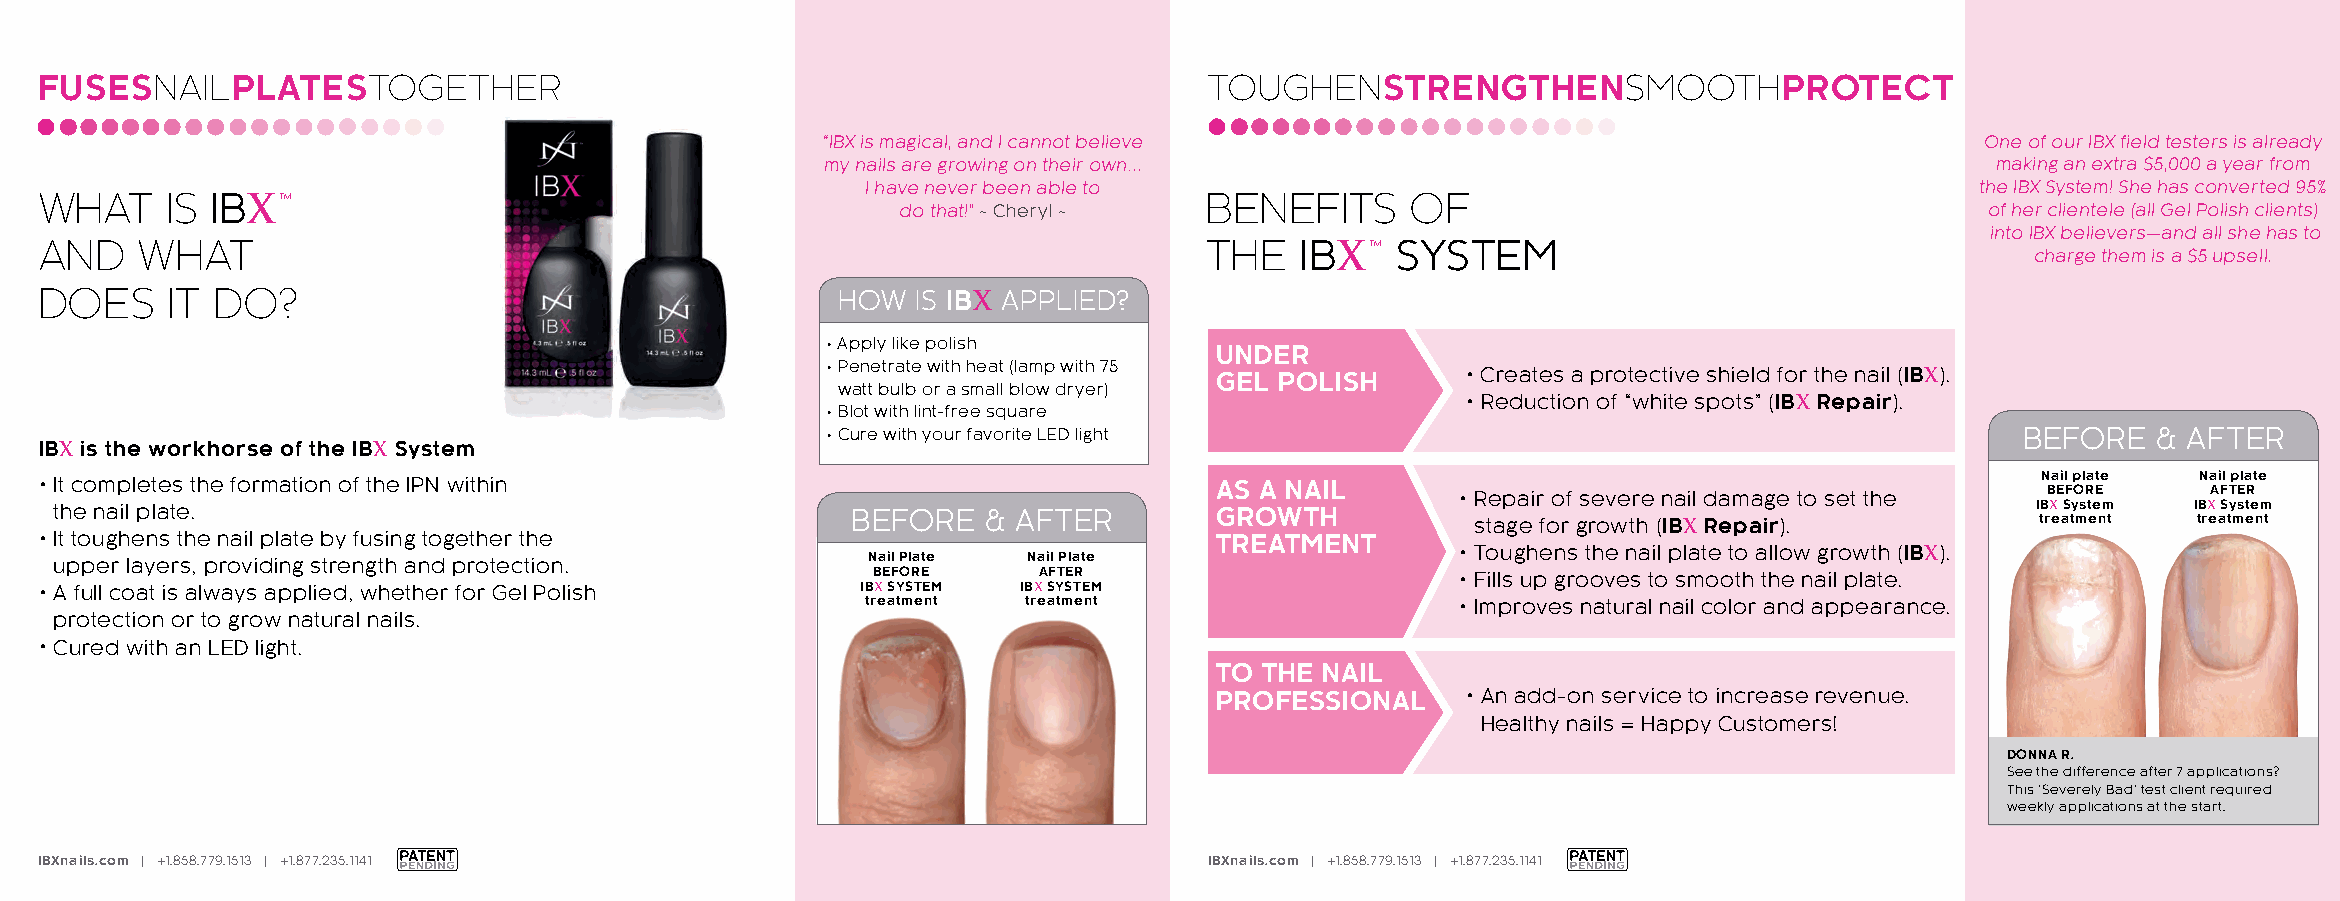
FUSESNAILPLATESTOGETHER                                                       TOUGHENSTRENGTHENSMOOTHPROTECT
 “IBX is magical, and I cannot believe                                        One of our IBX field testers is already
 my nails are growing on their own…                                           making an extra $5,000 a year from
 I have never been able to                                                 the IBX System! She has converted 95%
 WHAT    IS IBX™                                                              BENEFITS     OF
 do that!” ~ Cheryl ~                                                    of her clientele (all Gel Polish clients)
 into IBX believers—and all she has to
 AND   WHAT                                                                   THE   IBX™  SYSTEM
 charge them is a $5 upsell.
 DOES    IT DO?                                      HOW   IS IBX APPLIED?
 • Apply like polish
 UNDER
 • Penetrate with heat (lamp with 75 GEL POLISH • Creates a protective shield for the nail (IBX).
 watt bulb or a small blow dryer)
 • Reduction of “white spots” (IBX Repair).
 • Blot with lint-free square
 • Cure with your favorite LED light                                            BEFORE   & AFTER
 IBX is the workhorse of the IBX System
 • It completes the formation of the IPN within                                AS A NAIL       • Repair of severe nail damage to set the N Ba Eil F p Ol Rat Ee Na Ai Fl Tp Ela Rt e
 the nail plate.                                     BEFORE   & AFTER         GROWTH                                                IBX System IBX System
 stage for growth (IBX Repair).       treatment treatment
 • It toughens the nail plate by fusing together the                           TREATMENT
 upper layers, providing strength and protection.     Nail Plate Nail Plate
 • Toughens the nail plate to allow growth (IBX).
 BEFORE     AFTER                       • Fills up grooves to smooth the nail plate.
 • A full coat is always applied, whether for Gel Polish IBX SYSTEM IBX SYSTEM
 treatment  treatment                    • Improves natural nail color and appearance.
 protection or to grow natural nails.
 • Cured with an LED light.
 TO THE NAIL
 PROFESSIONAL    • An add-on service to increase revenue.
 Healthy nails = Happy Customers!
 DONNA R.
 See the difference after 7 applications?
 This ‘Severely Bad’ test client required
 weekly applications at the start.
 IBXnails.com | +1.858.779.1513 | +1.877.235.1141                              IBXnails.com | +1.858.779.1513 | +1.877.235.1141